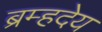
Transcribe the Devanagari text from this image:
ब्रम्हदेय